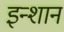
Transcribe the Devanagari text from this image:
इन्शान